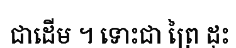
ជាដើម ។ ទោះជា ព្រៃ ដុះ